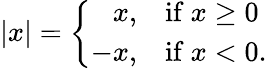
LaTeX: |x|=\left\{ {\begin{array}{rl}{x,}&{{\mathrm{if~}}x\geq 0}\\ {-x,}&{{\mathrm{if~}}x<0.}\end{array}}\right.